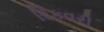
રિકવરી